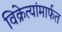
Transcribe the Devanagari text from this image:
विक्रेत्यांमार्फत